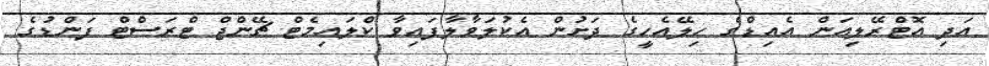
އަދި އޮޓްރޭލިއަން އެއިޑްގެ ހިލޭއެހީގެ ދަށުން އެކުލަވާލާފައިވާ ކްލައިމެޓް ޗޭންޖް ޓްރަސްޓް ފަންޑުގެ